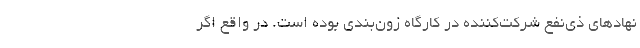
نهادهای ذی‌نفع شرکت‌کننده در کارگاه زون‌بندی بوده است. در واقع اگر